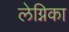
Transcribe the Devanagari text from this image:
लेग्निका